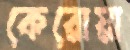
কেরোয়া